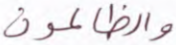
والظالمون